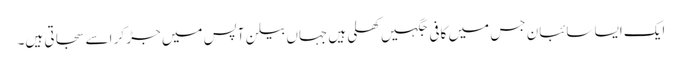
ایک ایسا سائبان جس میں کافی جگہیں کھلی ہیں جہاں بیلن آپس میں جڑ کر اسے سجاتی ہیں۔